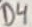
Text: D4